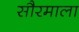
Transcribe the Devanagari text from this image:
सौरमाला